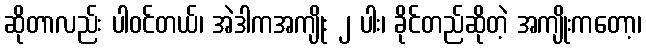
ဆိုတာလည်း ပါဝင်တယ်၊ အဲဒါကအကျိုး ၂ ပါး၊ ခိုင်တည်ဆိုတဲ့ အကျိုးကတော့၊